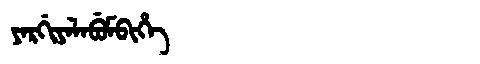
Manchu: ᠶᠠᡵᡤᡳᠶᠠᠯᠠᠪᡠᠮᠪᡳᡥᡝ
Romanization: YARGIYALABUMBIHE